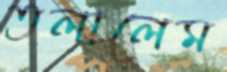
তলালেম